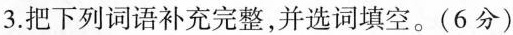
3.把下列词语补充完整，并选词填空。(6分)